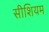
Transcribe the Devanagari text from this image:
सीशियम